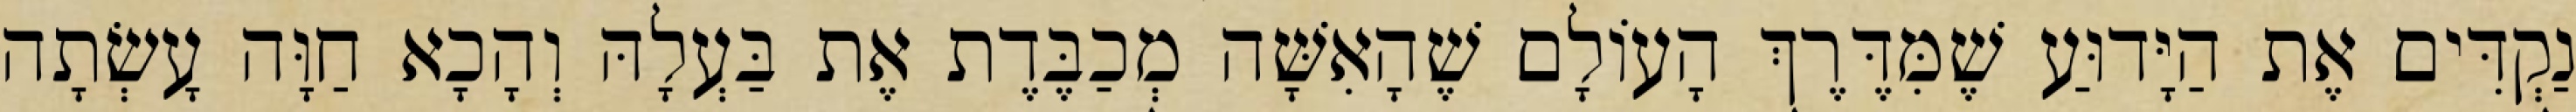
נַקְדִּים אֶת הַיָּדוּעַ שֶׁמִּדֶּרֶךְ הָעוֹלָם שֶׁהָאִשָּׁה מְכַבֶּדֶת אֶת בַּעְלָהּ וְהָכָא חַוָּה עָשְׂתָה